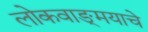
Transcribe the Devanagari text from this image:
लोकवाङ्‌मयाचे